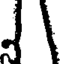
1